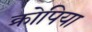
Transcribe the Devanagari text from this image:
क्रोपिया